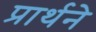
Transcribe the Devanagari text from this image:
प्रार्थने